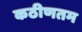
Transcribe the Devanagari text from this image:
कठीणतम